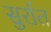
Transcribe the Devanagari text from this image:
सुर्रात